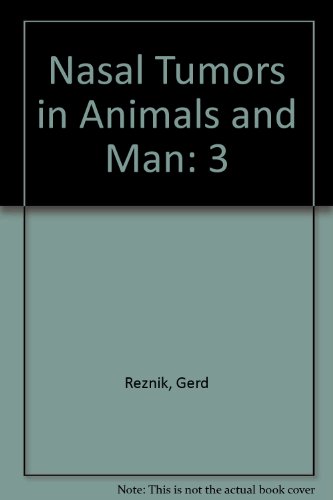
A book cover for Nsals Tumors in Animals & Man Vol 3; Medical Books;